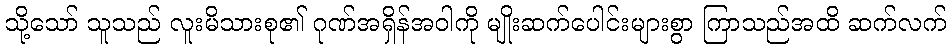
သို့သော် သူသည် လူးမိသားစု၏ ဂုဏ်အရှိန်အဝါကို မျိုးဆက်ပေါင်းများစွာ ကြာသည်အထိ ဆက်လက်